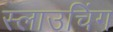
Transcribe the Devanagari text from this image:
स्लाउचिंग